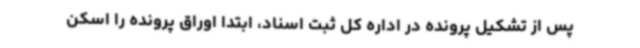
پس از تشکیل پرونده در اداره کل ثبت اسناد، ابتدا اوراق پرونده را اسکن